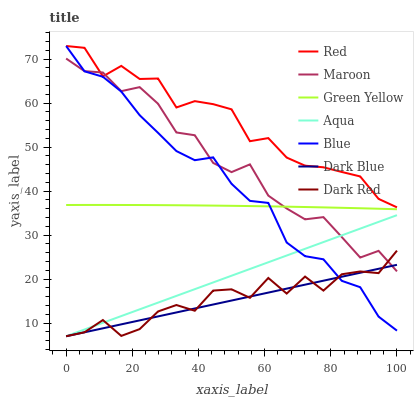
| xaxis_label | Red | Maroon | Green Yellow | Aqua | Blue | Dark Blue | Dark Red |
 | --- | --- | --- | --- | --- | --- | --- | --- |
 | 0 | 73 | 70.2 | 36.8 | 7 | 73 | 7 | 7 |
 | 5.56 | 72.6 | 67.3 | 36.9 | 8.53 | 67.2 | 7.9 | 7.9 |
 | 11.1 | 66.1 | 67 | 36.9 | 10.1 | 66 | 8.8 | 10.7 |
 | 16.7 | 68.5 | 62.7 | 36.9 | 11.6 | 62.6 | 9.71 | 7.08 |
 | 22.2 | 65.5 | 63.6 | 36.8 | 13.1 | 57.3 | 10.6 | 8.62 |
 | 27.8 | 65.6 | 59.9 | 36.8 | 14.6 | 53.3 | 11.5 | 12.6 |
 | 33.3 | 59 | 53.3 | 36.8 | 16.2 | 49.1 | 12.4 | 14.1 |
 | 38.9 | 60.5 | 52.7 | 36.8 | 17.7 | 47 | 13.3 | 12.8 |
 | 44.4 | 59.8 | 46.4 | 36.7 | 19.2 | 47.7 | 14.2 | 17.4 |
 | 50 | 58.6 | 44.3 | 36.7 | 20.8 | 41.7 | 15.1 | 17.7 |
 | 55.6 | 51.4 | 46.1 | 36.6 | 22.3 | 37.8 | 16 | 15.7 |
 | 61.1 | 52.1 | 39 | 36.5 | 23.8 | 37.3 | 16.9 | 20.3 |
 | 66.7 | 47.6 | 36.1 | 36.5 | 25.4 | 28.3 | 17.8 | 16.7 |
 | 72.2 | 45.8 | 33.6 | 36.4 | 26.9 | 25.2 | 18.7 | 20.6 |
 | 77.8 | 45.4 | 34.1 | 36.3 | 28.4 | 24.5 | 19.6 | 17.4 |
 | 83.3 | 44.4 | 29.5 | 36.2 | 29.9 | 19.6 | 20.5 | 21.1 |
 | 88.9 | 43.3 | 24.9 | 36.1 | 31.5 | 18.2 | 21.4 | 21.7 |
 | 94.4 | 38.2 | 26.4 | 36 | 33 | 11.5 | 22.3 | 21.4 |
 | 100 | 36.3 | 21.8 | 35.9 | 34.5 | 8.27 | 23.2 | 26.5 |